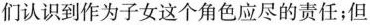
们认识到作为子女这个角色应尽的责任；但